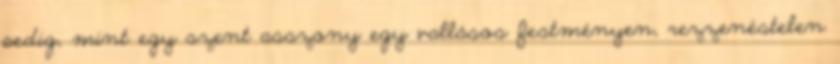
pedig, mint egy szent asszony egy vallásos festményen, rezzenéstelen